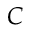
C